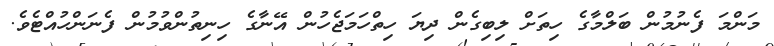
މަންމަ ފެނުމުން ބަލްމާގެ ހިތަށް ލިބިގެން ދިޔަ ހިތްހަމަޖެހުން އޭނާގެ ހިނިތުންވުމުން ފެނަންހުއްޓެވެ.